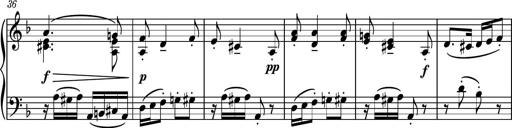
Title: Piano Sonatina II
Composer: Dimitri Sykias
Key: F major